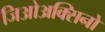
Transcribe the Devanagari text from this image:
जिओअक्सिनो